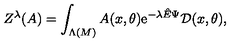
Z ^ { \lambda } ( A ) = \int _ { \Lambda ( M ) } A ( x , \theta ) \mathrm { e } ^ { - \lambda { \hat { E } } \Psi } { \cal D } ( x , \theta ) ,